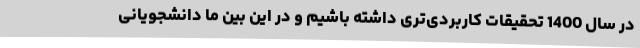
در سال 1400 تحقیقات کاربردی‌تری داشته باشیم و در این بین ما دانشجویانی